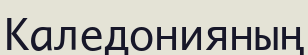
Каледонияның